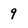
Character: 9